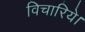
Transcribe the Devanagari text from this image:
विचारिये।